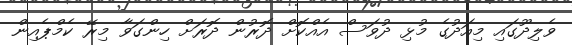
ވެލިދޫގައި މިއަދުގެ މުޅި ދުވަސް އެއްކޮށް ދޮރުން ދޮރަށް ހިންގަވާ މިރޭ ކެމްޕެއިން